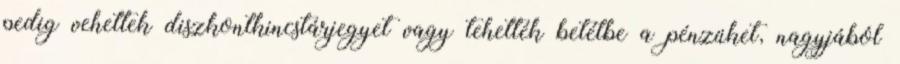
pedig vehettek diszkontkincstárjegyet vagy tehették betétbe a pénzüket, nagyjából